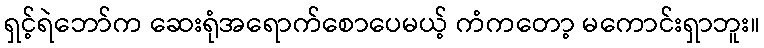
ရှင့်ရဲဘော်က ဆေးရုံအရောက်စောပေမယ့် ကံကတော့ မကောင်းရှာဘူး။